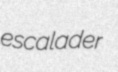
escalader